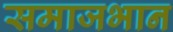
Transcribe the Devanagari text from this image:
समाजभान